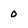
Character: 0